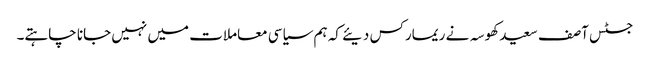
جسٹس آصف سعید کھوسہ نے ریمارکس دیئے کہ ہم سیاسی معاملات میں نہیں جانا چاہتے۔